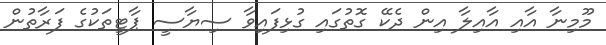
މޫމިނާ އާއި އާއިލާ އިން ދެކޭ ގޮތުގައި ގުޅިފައިވާ ސިޔާސީ ޕާޓީތަކުގެ ފަރާތުން